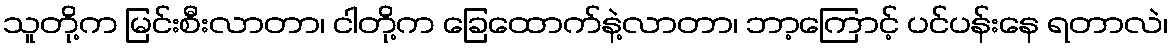
သူတို့က မြင်းစီးလာတာ၊ ငါတို့က ခြေထောက်နဲ့လာတာ၊ ဘာ့ကြောင့် ပင်ပန်းနေ ရတာလဲ၊